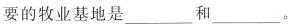
要的牧业基地是___和___。